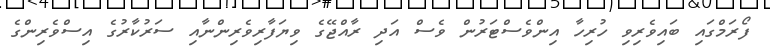
ފޯރަމްގައި ބައިވެރިވި ހުރިހާ އިންވެސްޓަރުން ވެސް އަދި ރާއްޖޭގެ ވިޔަފާރިވެރިންނާއި ސަރުކާރުގެ އިސްވެރިންގެ